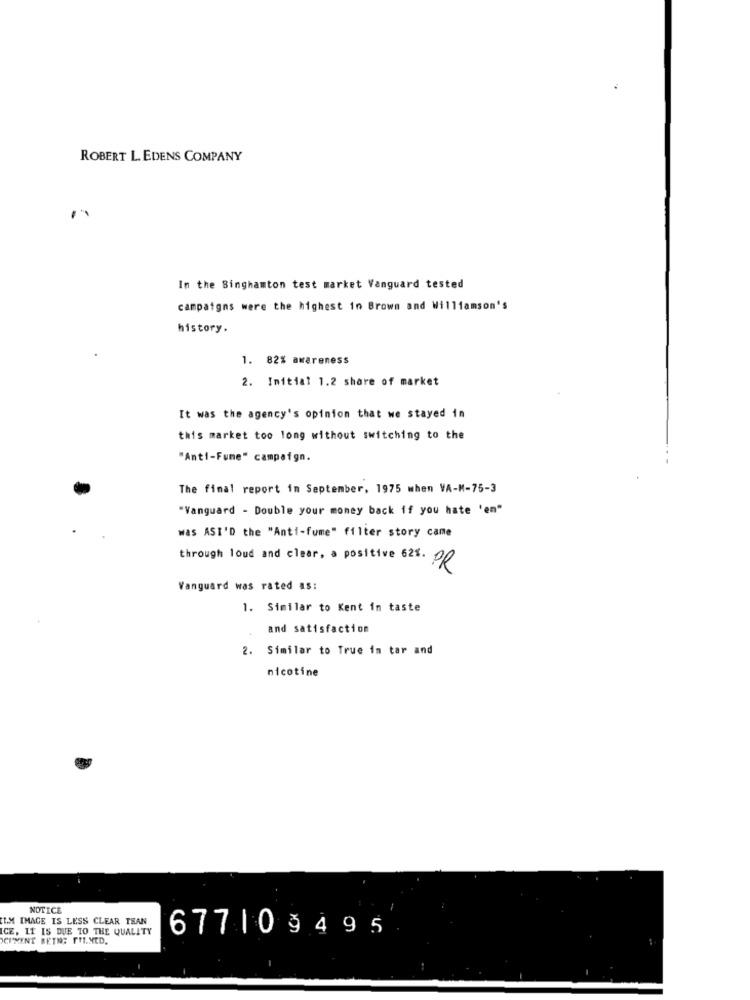
ROBERT L. EDENS COMPANY
In the Binghamton test market Vanguard tested
campaigns were the highest in Brown and Williamson's
history.
1. 82% awareness
2. Initial 1.2 share of market
It was the agency's opinion that we stayed in
this market too long without switching to the
"Anti-Fume" campaign.
The final report in September, 1975 when VA-M-75-3
"Vanguard - Double your money back if you hate 'en"
was ASI'D the "Anti-fume" filter story came
through loud and clear, a positive 625. pp
Vanguard was rated as:
1. Similar to Kent in taste
and satisfaction
2. Similar to True im tar and
nicotine
NOTICE
I.M IMAGE IS LESS CLEAR THAN
ICE, IT IS DUE TO THE QUALITY
CIMENT BETN; FILMED.
677|09495